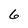
Character: 6